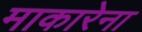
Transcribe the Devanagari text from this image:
माकारेना